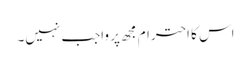
اس کا احترام مجھ پر واجب نہیں۔